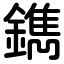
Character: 鐫